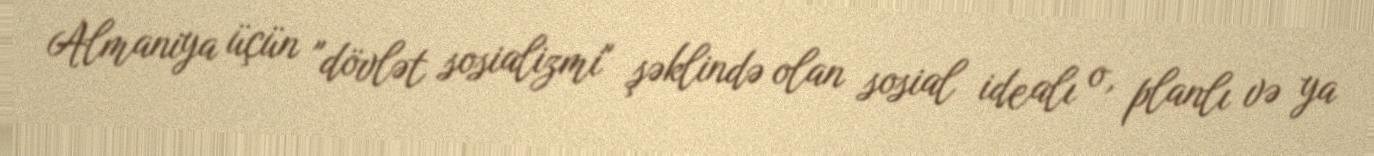
Almaniya üçün "dövlət sosializmi" şəklində olan sosial idealı o, planlı və ya